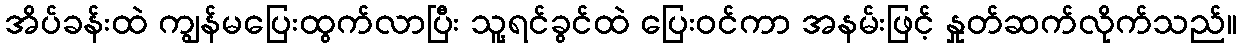
အိပ်ခန်းထဲ ကျွန်မပြေးထွက်လာပြီး သူ့ရင်ခွင်ထဲ ပြေးဝင်ကာ အနမ်းဖြင့် နှုတ်ဆက်လိုက်သည်။